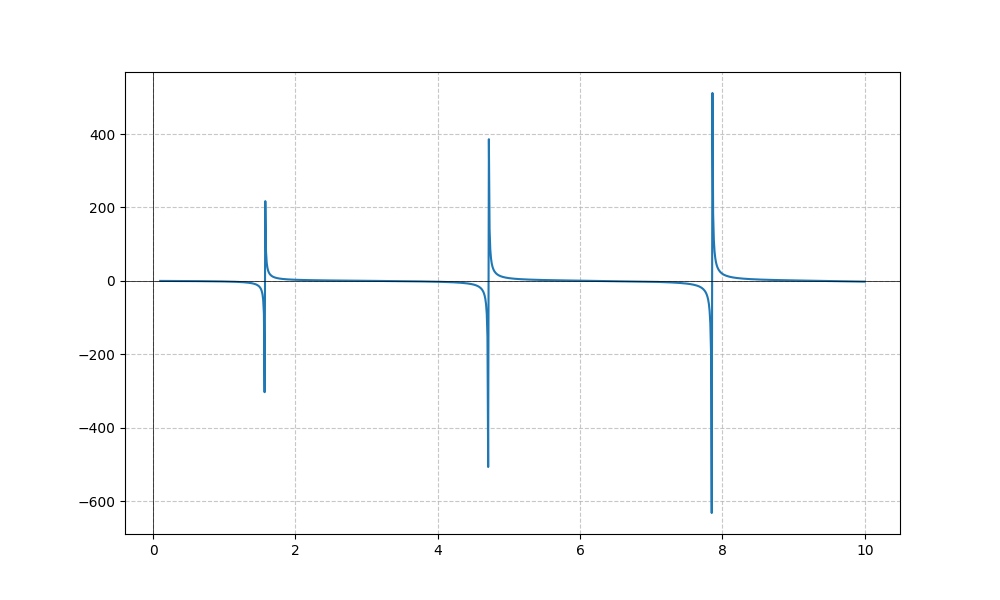
LaTeX formula: - \sqrt{x} \tan{\left(x \right)}